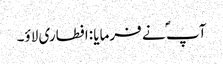
آپ ؐ نے فرمایا :افطاری لاؤ۔